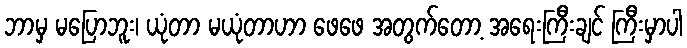
ဘာမှ မပြောဘူး၊ ယုံတာ မယုံတာဟာ ဖေဖေ အတွက်တော့ အရေးကြီးချင် ကြီးမှာပါ